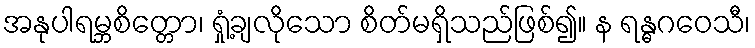
အနုပါရမ္ဘစိတ္တော၊ ရှုံ့ချလိုသော စိတ်မရှိသည်ဖြစ်၍။ န ရန္ဓဂဝေသီ၊